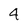
Character: 4